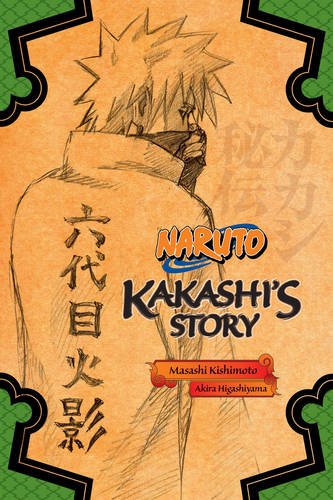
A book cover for Naruto: Kakashi's Story; Akira Higashiyama; Comics & Graphic Novels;